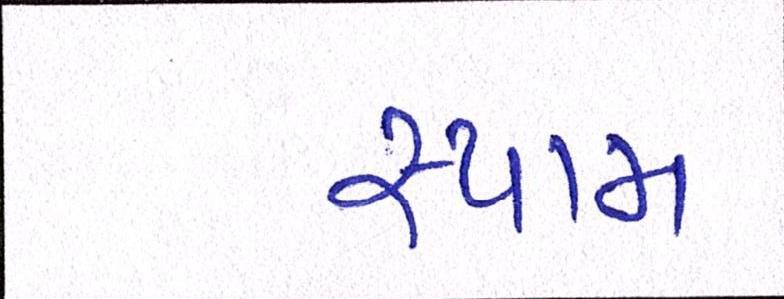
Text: સ્પામ